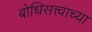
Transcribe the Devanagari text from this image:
बोधिसत्त्वाच्या